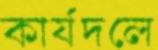
কার্যদলে